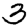
Digit: 3